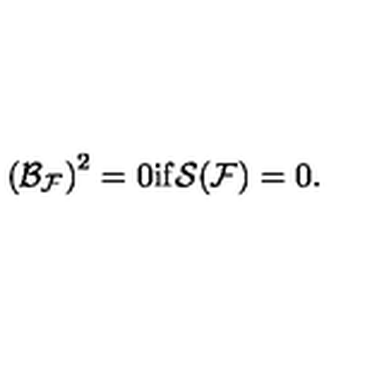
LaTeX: \left( { \cal B } _ { { \cal F } } \right) ^ { 2 } = 0 { \mathrm { i f } } { \cal S } ( { \cal F } ) = 0 .